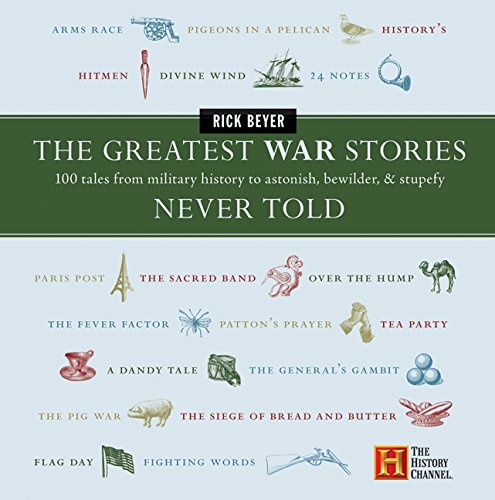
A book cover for The Greatest War Stories Never Told: 100 Tales from Military History to Astonish, Bewilder, and Stupefy; Rick Beyer; History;